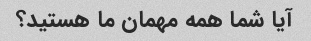
آیا شما همه مهمان ما هستید؟